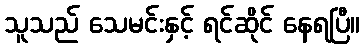
သူသည် သေမင်းနှင့် ရင်ဆိုင် နေရပြီ။